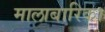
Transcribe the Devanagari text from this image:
मालाबारिका